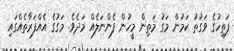
ފަތިހުގެ ވަގުތު ކަމުން މަގު މަތިން މީހުން ފެންނަލެއް މަދެވެ. މަގުގެ އެއްފަރާތެއްގައި